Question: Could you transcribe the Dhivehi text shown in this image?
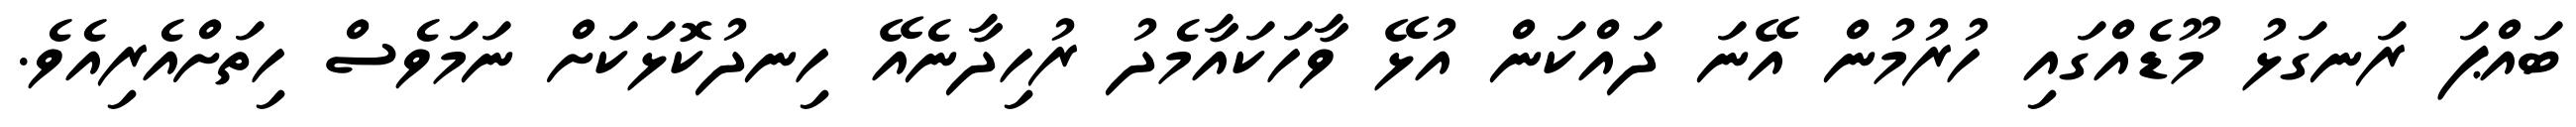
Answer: ބައްޕަ ރަނގަޅު މޫޑެއްގައި ހުރުމުން އޭނަ ދައްކަން އުޅޭ ވާހަކައާމެދު ރުހިދާނެއޭ ހިނދުކޮޅަކަށް ނަމަވެސް ހިތަށްއެރިއެވެ.